Lunatic asylums in Bengal annual reports 1899-1911 - 1899-1911
Year: 1899
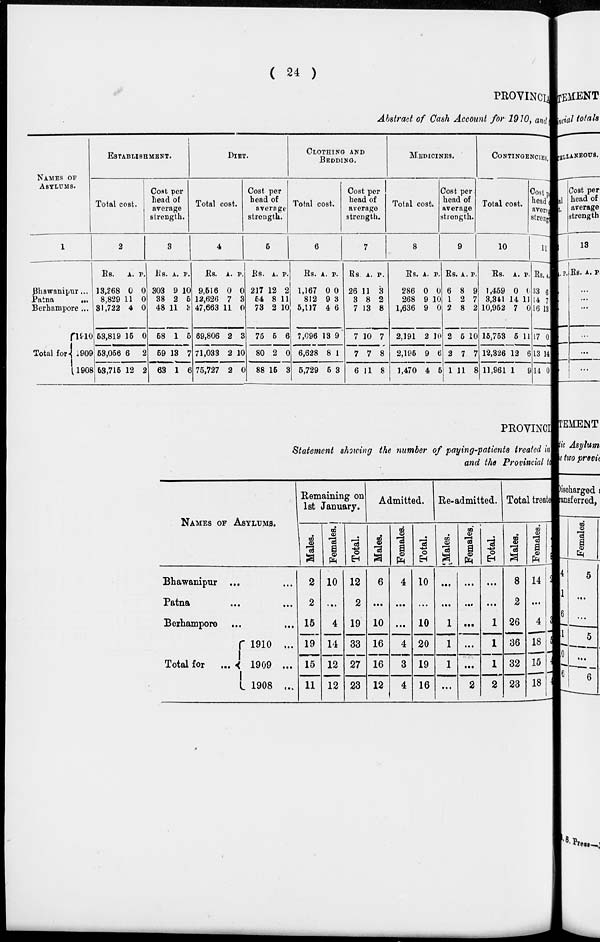
( 24 )
PROVINCIAL
Abstract of Cash Account for 1910, and
NAMES OF
ASYLUMS.
1
Bhawanipur...
Patna
...
Berhampore ...
Total for
1910
1909
1908
ESTABLISHMENT.
Total cost.
2
Rs.
13,268
8,829
31,722
53,819
58,056
58,715
A.
0
11
4
15
6
12
P.
0
0
0
0
2
2
Coal per
head of
average
strength.
3
Rs.
303
38
48
58
59
63
A.
9
2
11
1
13
1
P.
10
6
3
5
7
6
DIET.
Total cost.
4
Rs.
9,516
12,626
47,663
69,806
71,033
75,727
A.
0
7
11
2
2
2
P.
0
3
0
3
10
0
Cost per
head of
average
strength.
5
Rs.
217
64
73
75
80
88
A.
12
8
2
5
2
15
P.
2
11
10
6
0
3
CLOTHING AND
BEDDING.
Total cost.
6
Rs.
1,167
812
5,117
7,096
6,628
5,729
A.
0
9
4
13
8
5
P.
0
3
6
9
1
3
Cost per
head of
average
strength.
7
Rs.
26
3
7
7
7
6
A.
11
8
13
10
7
11
P.
3
2
8
7
8
8
MEDICINES.
Total cost.
8
Rs.
286
268
1,636
2,191
2,195
1,470
A.
0
9
9
2
9
4
P.
0
10
0
10
6
5
Cost per
head of
average
strength.
9
Rs.
6
1
2
2
2
1
A.
8
2
8
5
7
11
P.
9
7
2
10
7
8
CONTINGENCIES.
Total cost.
10
Rs.
1,469
3,341
10,952
15,763
12,326
11,961
A.
0
14
7
5
12
1
P.
0
11
0
11
6
9
Cost per
head of
strength.
11
Rs
33
14
16
17
13
14
A.
6
7
13
0
14
0
PROVINCI
Statement showing the number of paying-patients treated in
and the Provincial to
NAMES OF ASYLUMS.
Bhawanipur ... ...
Patna ... ...
Berhampore ... ...
Total for ...
1910 ...
1909 ...
1908 ...
Remaining on
1st January.
Males.
2
2
15
19
15
11
Females.
10
...
4
14
12
12
Total.
12
2
19
33
27
23
Admitted.
Males.
6
...
10
16
16
12
Females.
4
...
...
4
3
4
Total.
10
...
10
20
19
16
Re-admitted.
Males.
...
...
1
1
1
...
Females.
...
...
...
...
...
2
Total.
...
...
1
1
1
2
Total treate
Males.
8
2
26
36
32
23
Females.
14
...
4
18
15
18
Total
2
3
5
4
4